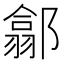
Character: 𨝫